system: You are a helpful assistant.
user:
Analyze the provided spectrum to determine if it is a **Carbon Star (C-type)**.

- **Key Visual Indicators of Carbon Star:**
    - **(Primary):** Strong molecular absorption from **C₂ (diatomic carbon) "Swan Bands."** This is the **defining feature** of a carbon star.
        - **(Key Bandheads):** Sharp absorption edges are visible at approximately $5635$ Å, $5165$ Å (the strongest band), and $4737$ Å.
        - **(Line Profile):** Creates a distinct **"saw-tooth"** pattern. The key morphology is a sharp, steep bandhead on the **red (long-wavelength) side**, which then gradually tapers off (i.e., flux recovers) towards the **blue (short-wavelength) side**. *(This is the direct opposite of the TiO bands seen in M-type stars)*.

    - **(Secondary):** Intense **CN (cyanogen)** molecular absorption bands.
        - **(Key Bandheads):** Located in the blue and violet regions of the spectrum (e.g., near $4215$ Å and $3883$ Å).
        - **(Morphology):** These bands are extremely broad and act as a "blanket," absorbing the vast majority of blue and violet light. This creates a characteristic **"cliff"** or **"steep drop-off"** in the spectrum's flux at short wavelengths.

    - **(Key Confirmation):** Strong **CH absorption band (G-band)**.
        - **(Key Bandhead):** Located around $4300$ Å. The contribution from CH molecules to this band is exceptionally strong.

    - **(Overall Spectrum):**
        - The continuum is severely "chopped up" by these deep molecular bands, especially C₂, rather than appearing as a smooth curve.
        - Due to the heavy CN and C₂ absorption in the blue-green, the vast majority of the star's flux is concentrated in the red part of the spectrum, giving the star its characteristic deep red color.

Think first, call **spectral_visualization_tool** if needed to examine features in detail, then provide your final answer. Your response must adhere to the following strict rules:
1.  **Overall Structure:** Your response must follow the format `<think>...</think> <tool_call>...</tool_call> (if a tool is used) <answer>...</answer>`.
2.  **Tool Usage Constraint:** You may only make **one** tool call per turn.
3.  **Final Answer Format:** In the `<answer>` tag, your conclusion must be inside a `\boxed{}` command (e.g., `\boxed{YES}`), followed by your justification.

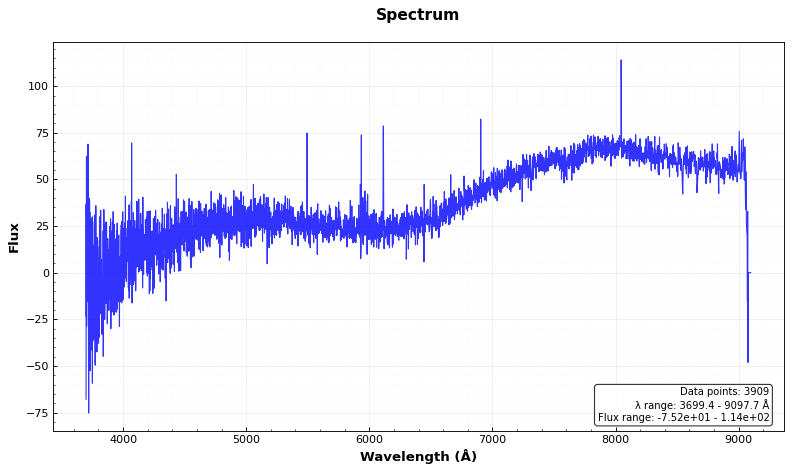
Answer: NO